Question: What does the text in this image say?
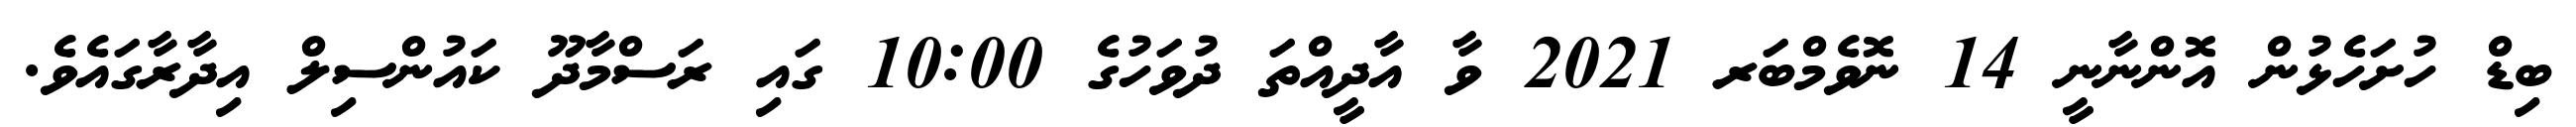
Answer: ބިޑް ހުށަހެޅުން އޮންނާނީ 14 ނޮވެމްބަރ 2021 ވާ އާދީއްތަ ދުވަހުގެ 10:00 ގައި ރަސްމާދޫ ކައުންސިލް އިދާރާގައެވެ.